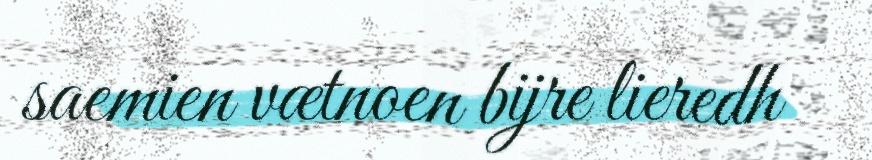
saemien vætnoen bijre lieredh